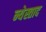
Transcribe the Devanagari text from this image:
न्येस्ताद